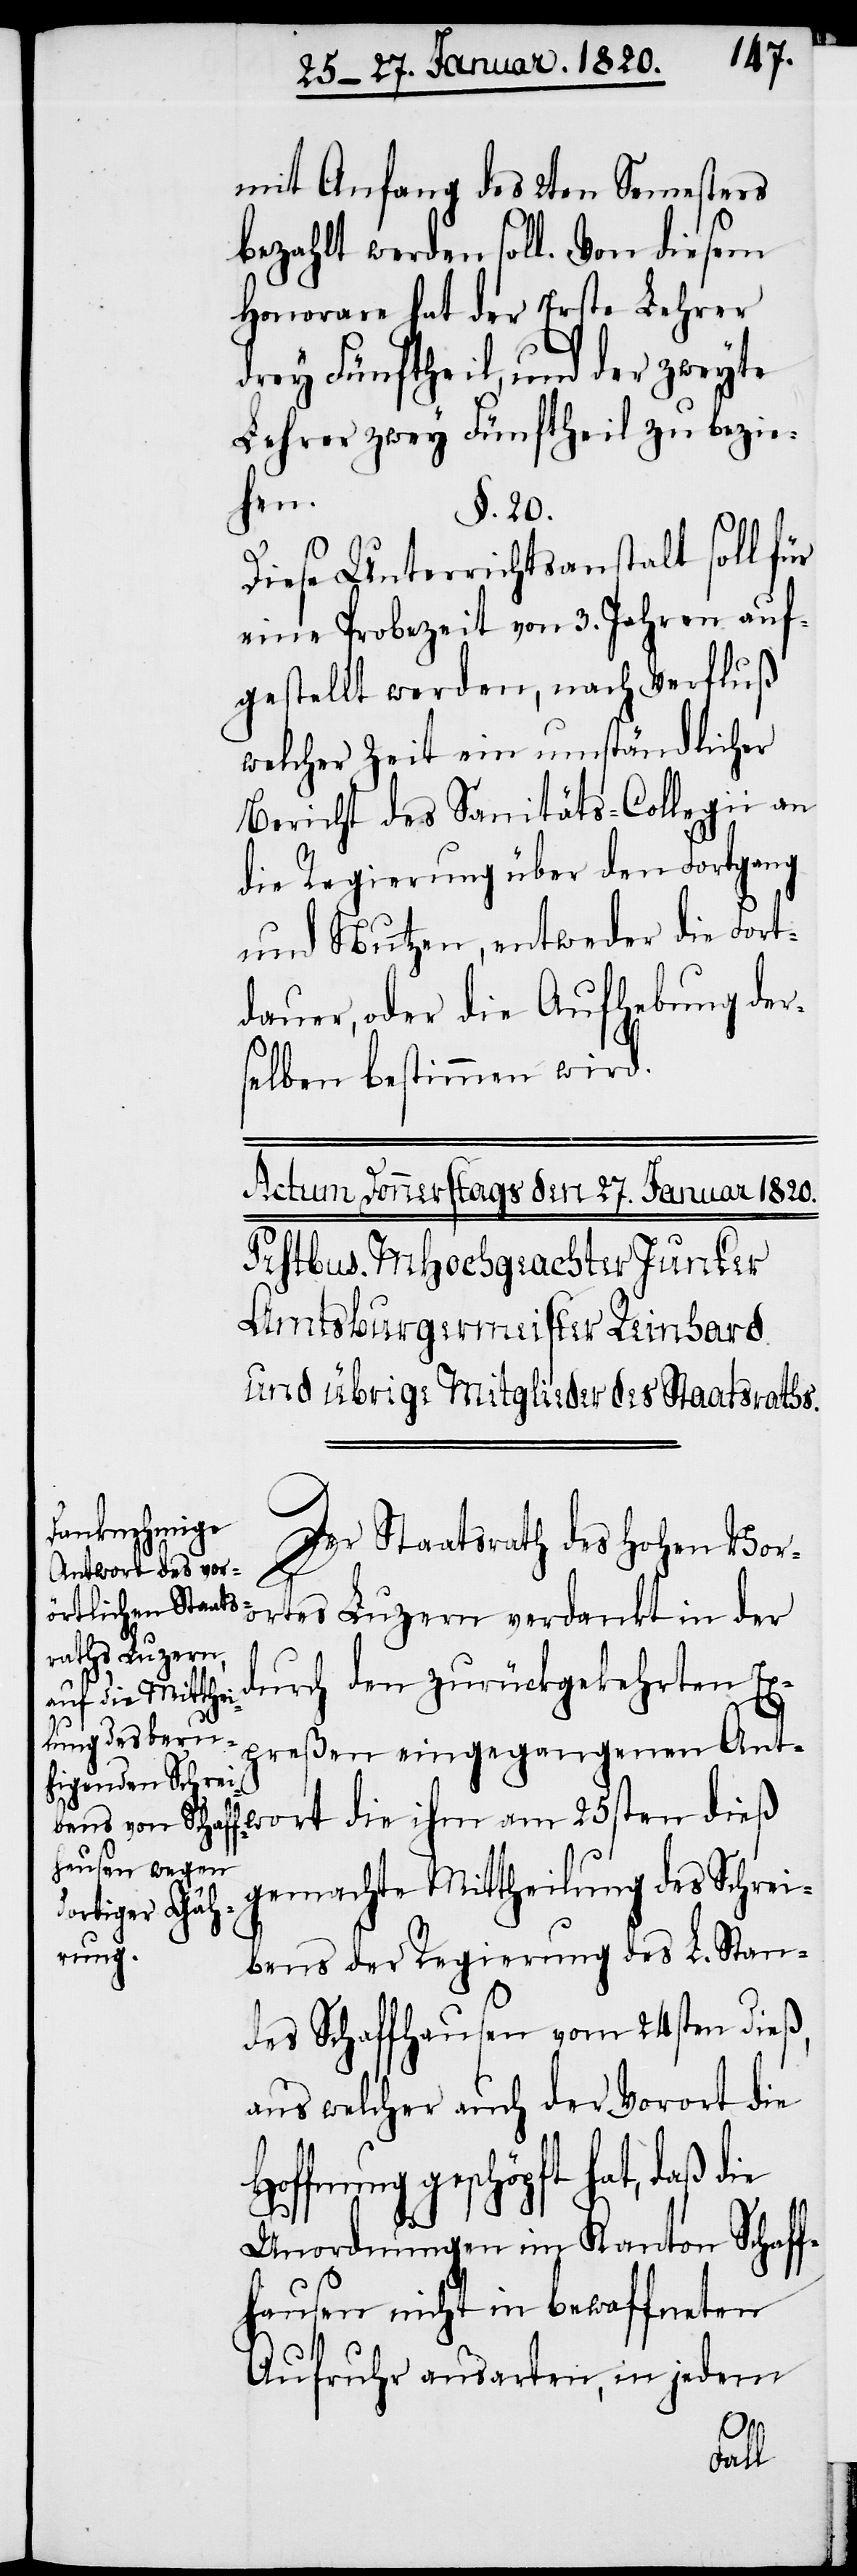
mit Anfang des 2ten Semesters
bezahlt werden soll. Von diesem
Honorare hat der Erste Lehrer
drey Fünftheil, und der zweyte
Lehrer zwey Fünftheil zu bezie¬
hen.
§. 20.
Diese Unterrichtsanstalt soll für
eine Probezeit von 3. Jahren auf¬
gestellt werden, nach Verfluß
welcher Zeit ein umständlicher
Bericht des Sanitäts-Collegii an
die Regierung über den Fortgang
und Nutzen, entweder die Fort¬
dauer, oder die Aufhebung der¬
selben bestimmen wird.
Der Staatsrath des Hohen Voro¬
rtes Luzern
durch den zurückgekehrten Ex¬
preßen eingegangenen Ant¬
wort die ihm am 25sten dieß
gemachte Mittheilung des Schrei¬
bens der Regierung des L. Stan¬
des Schaffhausen vom 24sten dieß,
aus welcher auch der Vorort die
ffnung geschöpft hat, daß die
Unordnungen im Kanton Schaff¬
hausen nicht in bewaffneten
Aufruhr ausarten, in jedem
Ho¬